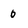
Character: 0